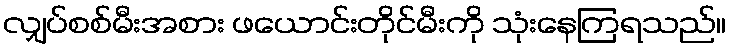
လျှပ်စစ်မီးအစား ဖယောင်းတိုင်မီးကို သုံးနေကြရသည်။